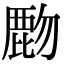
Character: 𪊖